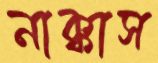
নাক্কাস